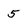
Character: 5